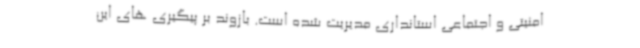
امنیتی و اجتماعی استانداری مدیریت شده است. بازوند بر پیگیری های این